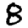
Digit: 8